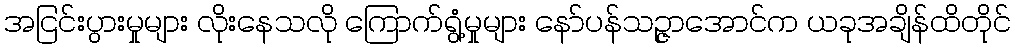
အငြင်းပွားမှုများ လိုးနေသလို ကြောက်ရွံ့မှုများ နော်ပန်သဉ္ဇာအောင်က ယခုအချိန်ထိတိုင်